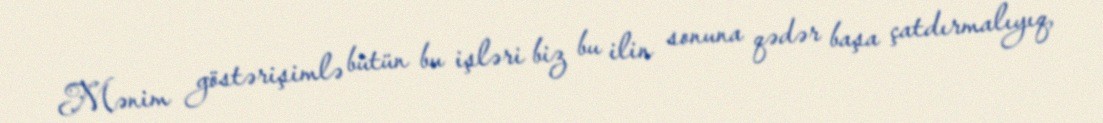
Mənim göstərişimlə bütün bu işləri biz bu ilin sonuna qədər başa çatdırmalıyıq,